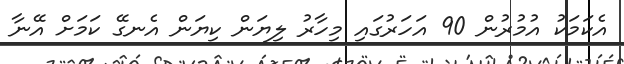
އެކަމަކު އުމުރުން 90 އަހަރުގައި މިހާރު ލިޔަން ކިޔަން އެނގޭ ކަމަށް އޭނާ